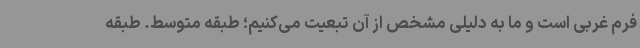
فرم غربی است و ما به دلیلی مشخص از آن تبعیت می‌کنیم؛ طبقه متوسط. طبقه